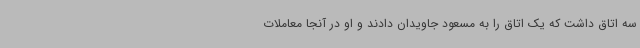
سه اتاق داشت که یک اتاق را به مسعود جاویدان دادند و او در آنجا معاملات